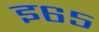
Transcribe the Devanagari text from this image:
इ६५